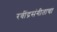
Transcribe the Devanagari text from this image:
रवींद्रसंगीताचा